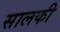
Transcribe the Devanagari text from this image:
सालकी